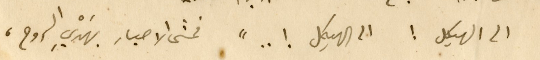
الى الهيكل ! الى الهيكل ! .." فمشى الاحبار بهَدْيِ الروح،